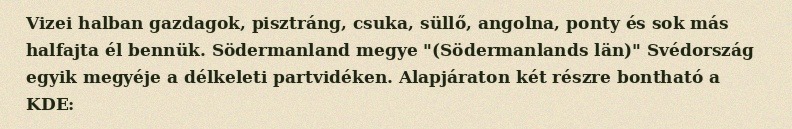
Vizei halban gazdagok, pisztráng, csuka, süllő, angolna, ponty és sok más halfajta él bennük. Södermanland megye "(Södermanlands län)" Svédország egyik megyéje a délkeleti partvidéken. Alapjáraton két részre bontható a KDE: